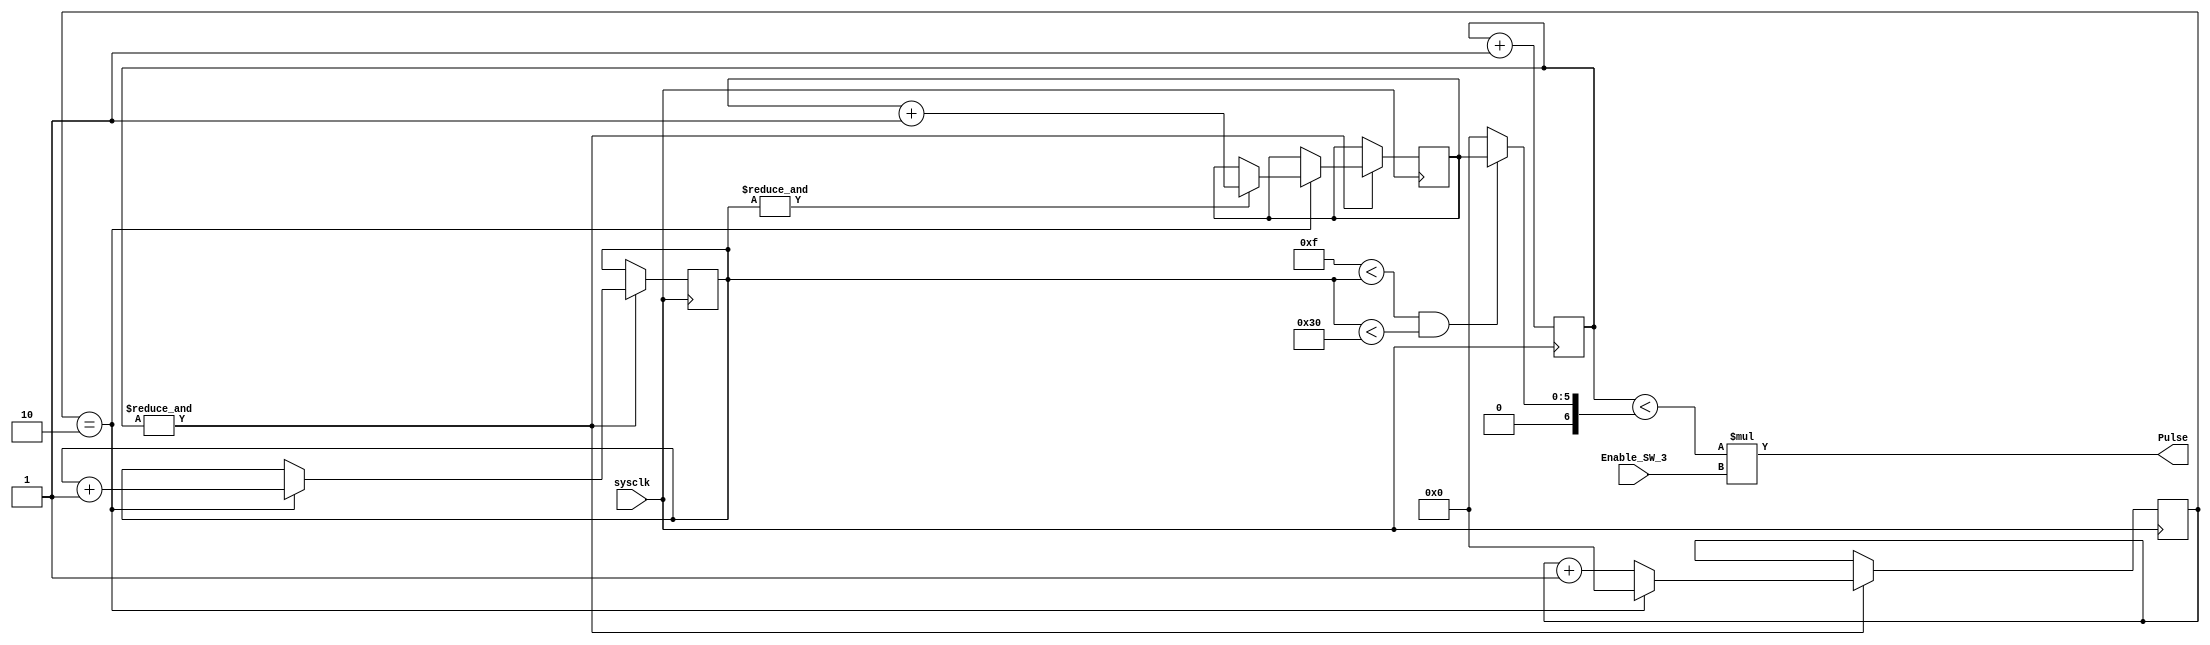
module Solidsquare_Y(input wire sysclk,
input wire Enable_SW_3,
output wire Pulse);

reg [5:0] count = 0;
reg [5:0] DC_Index = 0;
reg [5:0] Amp_Index = 0;
reg [6:0] Duty_Cycle = 0;
reg [5:0] Index_Count = 0;

assign Pulse = (count < Duty_Cycle) * Enable_SW_3;

always @(posedge sysclk)begin
	count<=count+1'b1;
	if (&count==1) begin 
		DC_Index<=DC_Index+1'b1;
		if (DC_Index == 6'd2) begin
			Index_Count <= Index_Count + 1'b1;
			DC_Index <=1'b0;
		if (&Index_Count==1)
			Amp_Index <= Amp_Index + 1'b1;
		end
	end
end

always @ (*)  begin 
	if (6'd15 < Index_Count & Index_Count <6'd48)
		Duty_Cycle <= Amp_Index; /* 50% duty cycle Square wave with  
			amplitude during each period varying from 0% to approximately 100%*/
	else 	
		Duty_Cycle <= 6'b0;
end
endmodule